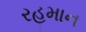
રહમાન